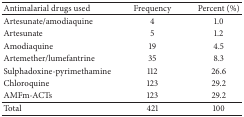
<table><thead><tr><td><b>Antimalarial drugs used</b></td><td><b>Frequency</b></td><td><b>Percent (%)</b></td></tr></thead><tbody><tr><td>Artesunate/amodiaquine</td><td>4</td><td>1.0</td></tr><tr><td>Artesunate</td><td>5</td><td>1.2</td></tr><tr><td>Amodiaquine</td><td>19</td><td>4.5</td></tr><tr><td>Artemether/lumefantrine</td><td>35</td><td>8.3</td></tr><tr><td>Sulphadoxine-pyrimethamine</td><td>112</td><td>26.6</td></tr><tr><td>Chloroquine</td><td>123</td><td>29.2</td></tr><tr><td>AMFm-ACTs</td><td>123</td><td>29.2</td></tr><tr><td>Total</td><td>421</td><td>100</td></tr></tbody></table>